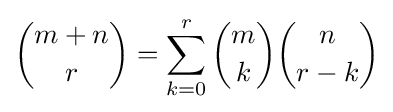
{m+n \choose r}=\sum _{k=0}^{r}{m \choose k}{n \choose r-k}